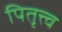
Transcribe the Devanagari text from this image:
पितृत्त्व